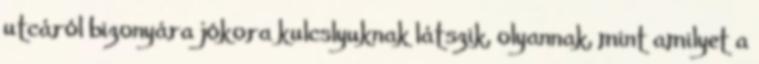
utcáról bizonyára jókora kulcslyuknak látszik, olyannak, mint amilyet a